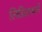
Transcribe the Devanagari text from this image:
लिंडिसफार्ने